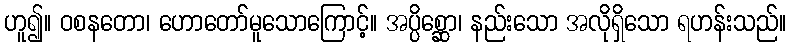
ဟူ၍။ ဝစနတော၊ ဟောတော်မူသောကြောင့်။ အပ္ပိစ္ဆော၊ နည်းသော အလိုရှိသော ရဟန်းသည်။